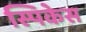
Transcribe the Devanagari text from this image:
स्पिकेस